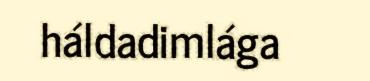
háldadimlága